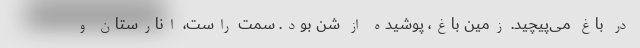
در باغ می‌پیچید. زمین باغ، پوشیده از شن بود. سمت راست، انارستان و